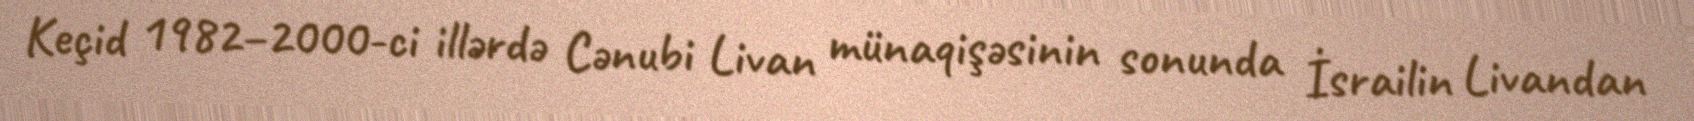
Keçid 1982–2000-ci illərdə Cənubi Livan münaqişəsinin sonunda İsrailin Livandan